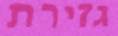
גזירת